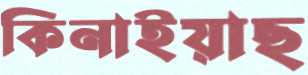
কিনাইয়াছ